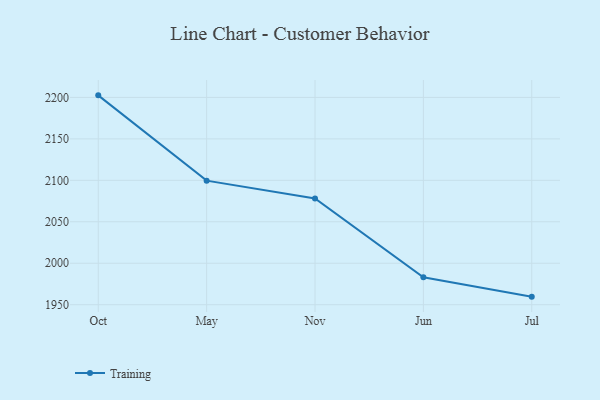
{"axis": {"x": "Month", "y": "Demand Index"}, "legend": ["Training"], "data": [{"x": "Oct", "y": 2202.5, "type": "Training"}, {"x": "May", "y": 2099.6, "type": "Training"}, {"x": "Nov", "y": 2078.1, "type": "Training"}, {"x": "Jun", "y": 1983.1, "type": "Training"}, {"x": "Jul", "y": 1959.7, "type": "Training"}]}